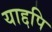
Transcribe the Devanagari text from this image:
याद्दपि